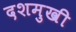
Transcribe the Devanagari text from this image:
दशमुखी